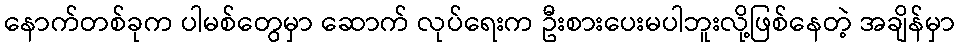
နောက်တစ်ခုက ပါမစ်တွေမှာ ဆောက် လုပ်ရေးက ဦးစားပေးမပါဘူးလို့ဖြစ်နေတဲ့ အချိန်မှာ